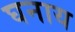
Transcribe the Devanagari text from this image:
घनाय